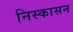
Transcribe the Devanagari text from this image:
निस्कासन